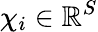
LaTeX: {\mathbf\chi}_{i}\in{\mathbb{R}}^{S}